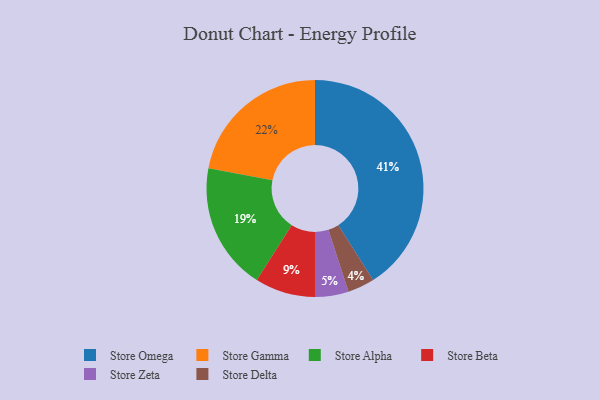
{"axis": {"x": "Category", "y": "Percentage"}, "legend": ["Store Alpha", "Store Beta", "Store Delta", "Store Gamma", "Store Omega", "Store Zeta"], "data": [{"x": "Store Alpha", "y": 19, "type": "Store Alpha"}, {"x": "Store Omega", "y": 41, "type": "Store Omega"}, {"x": "Store Gamma", "y": 22, "type": "Store Gamma"}, {"x": "Store Zeta", "y": 5, "type": "Store Zeta"}, {"x": "Store Delta", "y": 4, "type": "Store Delta"}, {"x": "Store Beta", "y": 9, "type": "Store Beta"}]}